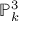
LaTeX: \mathbb { P } _ { k } ^ { 3 }